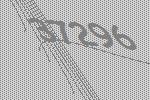
37296